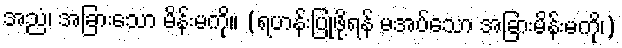
အညံ၊ အခြားသော မိန်းမကို။ (ရဟန်းပြုဖို့ရန် မအပ်သော အခြားမိန်းမကို၊)